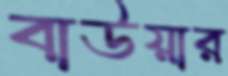
বাউয়ার